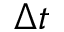
\Delta t